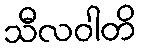
သီလဝါတိ